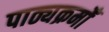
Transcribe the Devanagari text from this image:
पाठ्यक्रमोँ